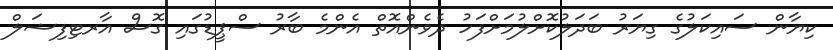
ކިޔާން ސައިކަލުގެ ގިޔަރު ބަދަލުކޮށްލުމަށްފަހު ދެވެންއޮތް އެންމެ ބާރު ސްޕީޑުގައި ގޮސް އާރޓިފިޝަލް